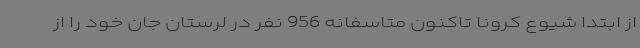
از ابتدا شیوع کرونا تاکنون متاسفانه 956 نفر در لرستان جان خود را از